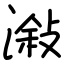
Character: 潊